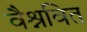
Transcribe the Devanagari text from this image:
वैश्नवित